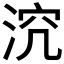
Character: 𣵆